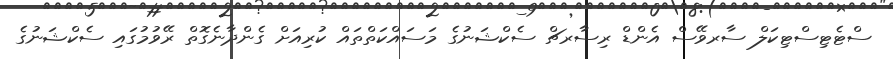
ސްޓެޓިސްޓިކަލް ސާރވޭސް އެންޑް ރިސާރޗް ސެކްޝަނުގެ މަސައްކަތްތައް ކުރިއަށް ގެންދާނެގޮތް ރޭވުމުގައި ސެކްޝަނުގެ